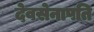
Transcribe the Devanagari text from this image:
देवसेनापति